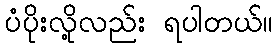
ပံပိုးလို့လည်း ရပါတယ်။